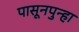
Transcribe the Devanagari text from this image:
पासूनपुन्हा